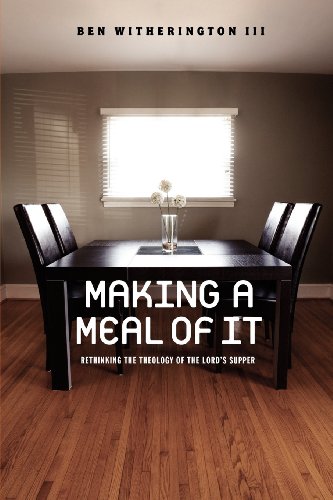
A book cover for Making a Meal of It: Rethinking the Theology of the Lord's Supper; Ben Witherington III; Christian Books & Bibles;